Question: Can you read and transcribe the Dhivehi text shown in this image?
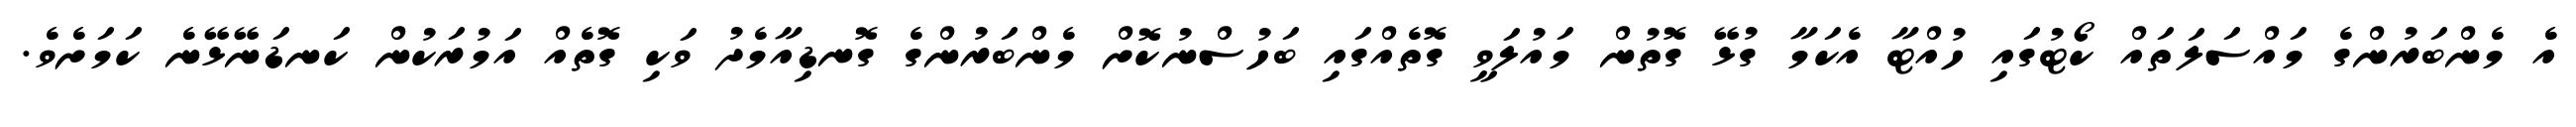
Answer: އެ މެންބަރުންގެ މައްސަލަތައް ކޯޓުގައި ހުއްޓާ އެކަމާ ގުޅޭ ގޮތުން މައުލަވީ ގޮތެއްގައި ބަހުސްނުކޮށް މެންބަރުންގެ ގޮނޑިއާމެދު ވަކި ގޮތެއް އަމުރަކުން ކަނޑަނޭޅޭނެ ކަމަށެވެ.